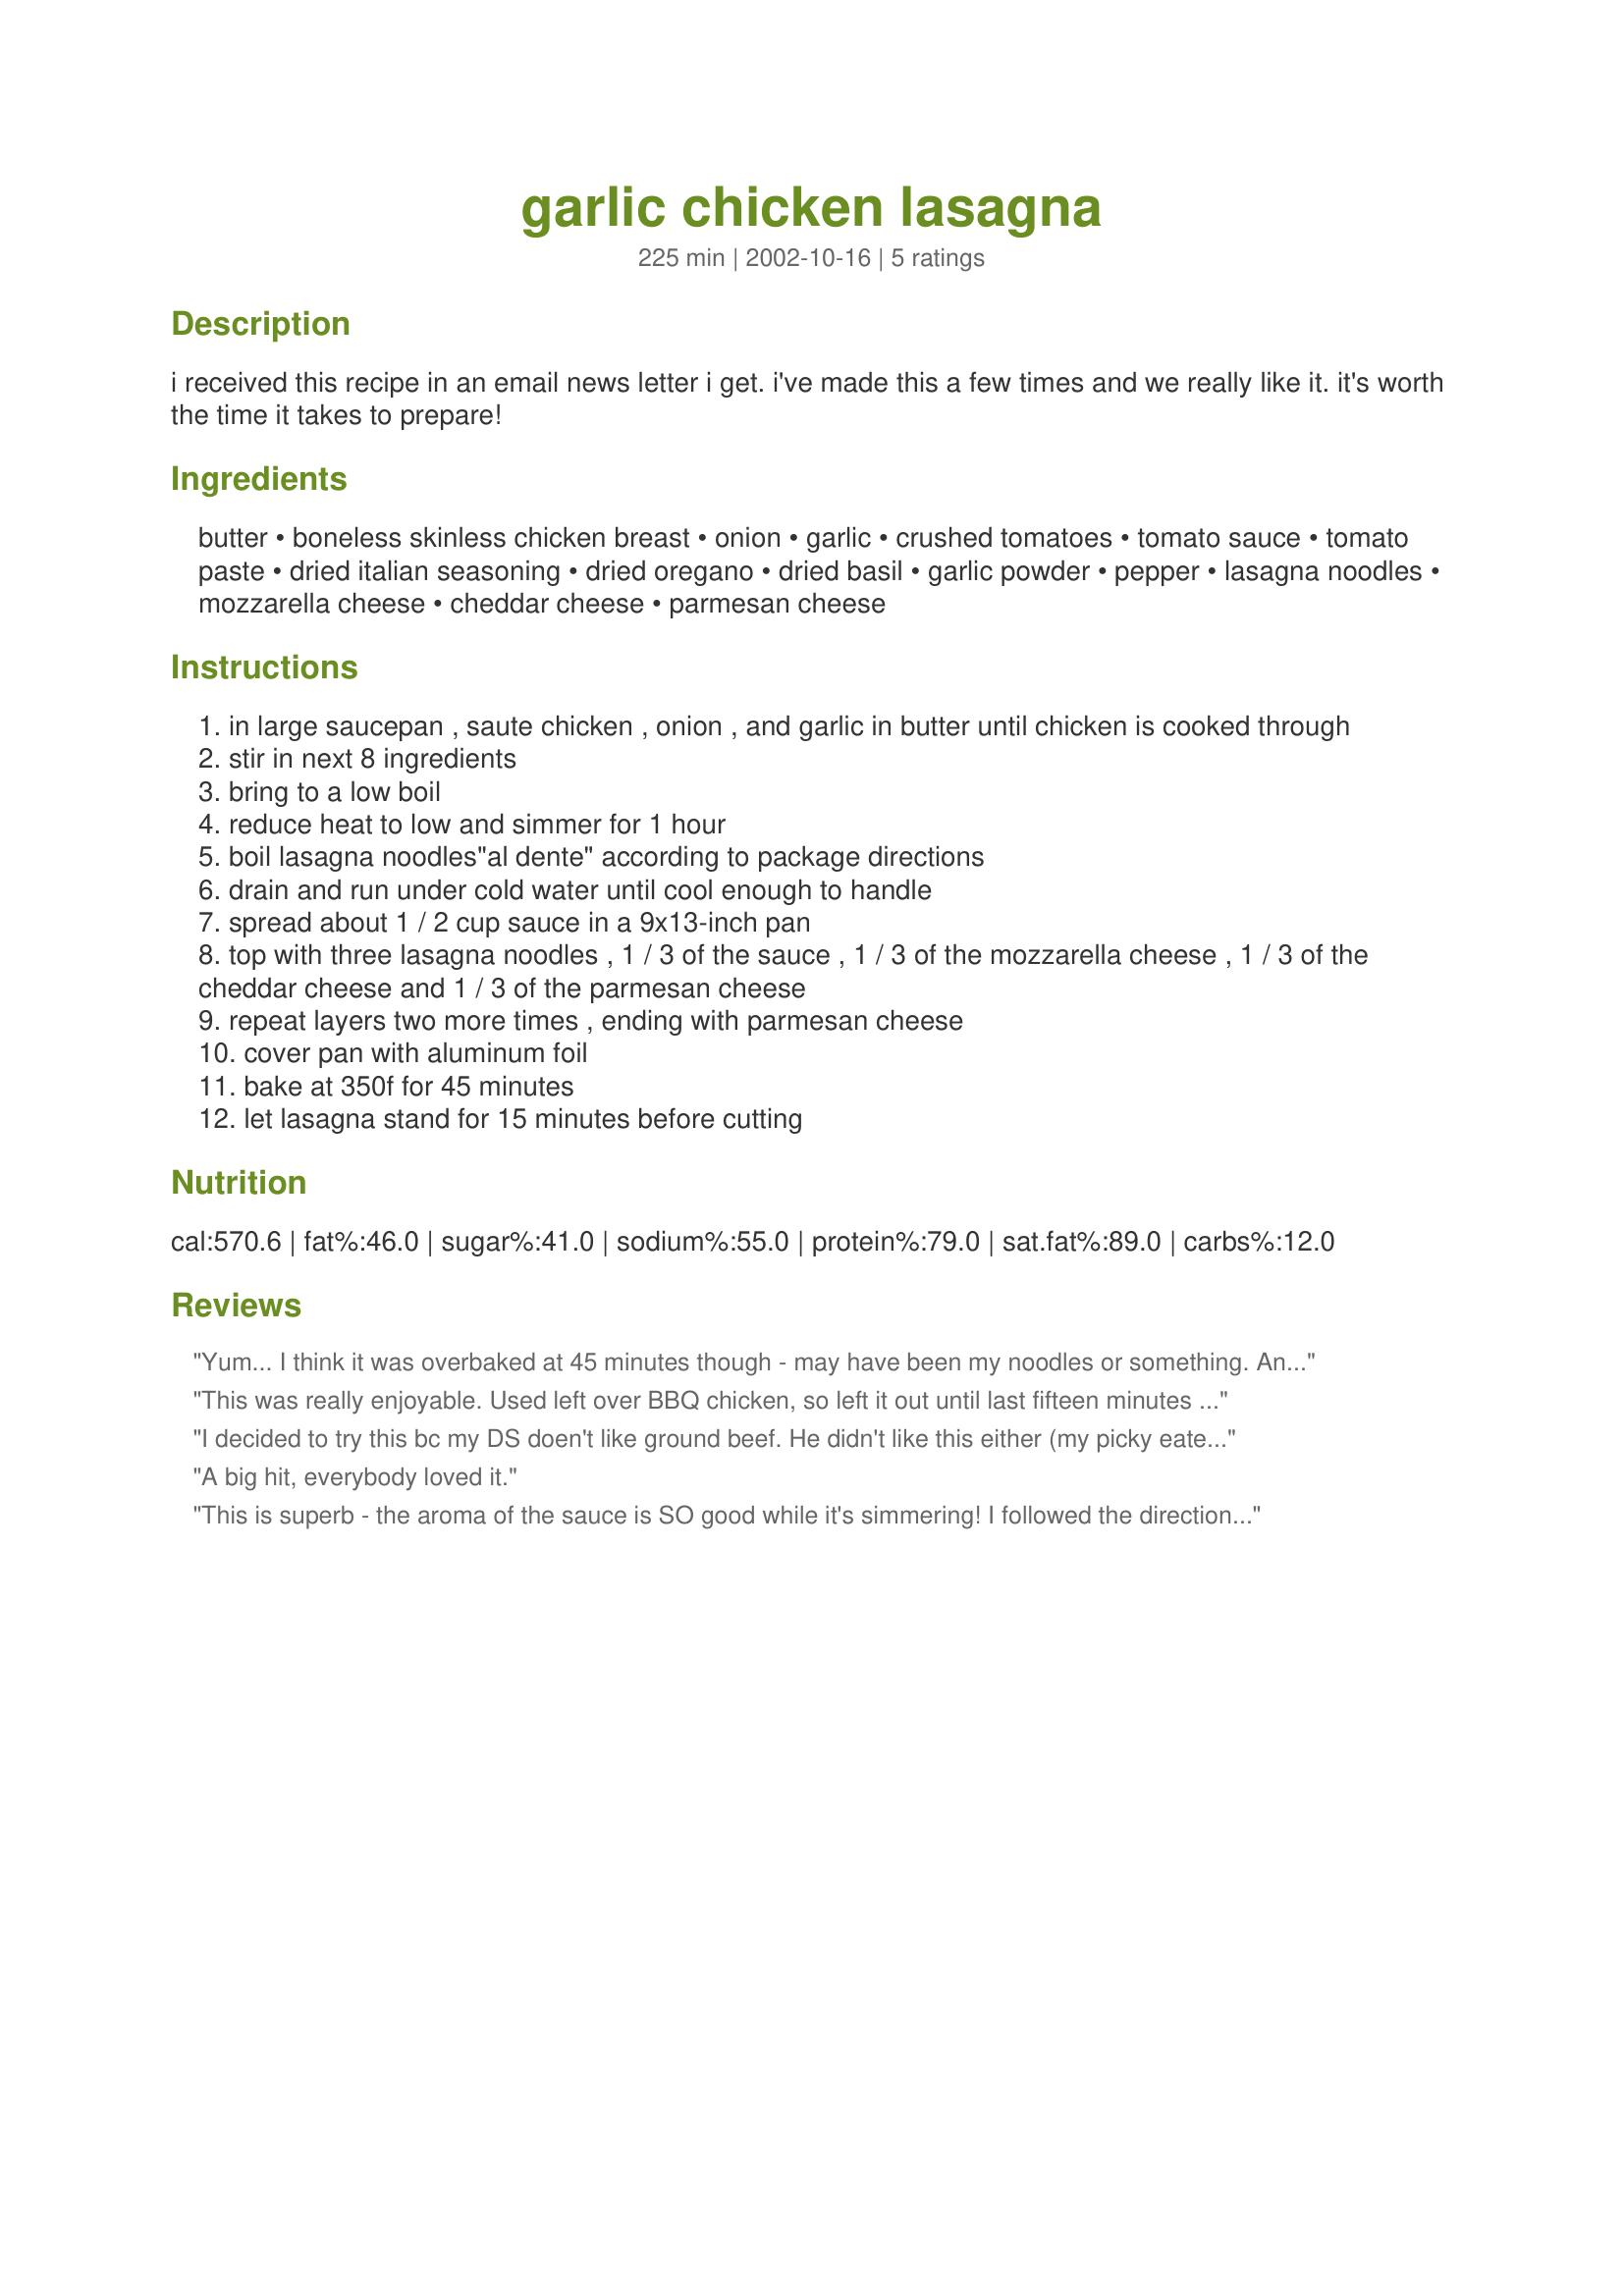
garlic chicken lasagna
Preparation time: 225 minutes

i received this recipe in an email news letter i get. i've made this a few times and we really like it. it's worth the time it takes to prepare!

Ingredients:
butter, boneless skinless chicken breast, onion, garlic, crushed tomatoes, tomato sauce, tomato paste, dried italian seasoning, dried oregano, dried basil, garlic powder, pepper, lasagna noodles, mozzarella cheese, cheddar cheese, parmesan cheese

Steps:
in large saucepan , saute chicken , onion , and garlic in butter until chicken is cooked through
stir in next 8 ingredients
bring to a low boil
reduce heat to low and simmer for 1 hour
boil lasagna noodles"al dente" according to package directions
drain and run under cold water until cool enough to handle
spread about 1 / 2 cup sauce in a 9x13-inch pan
top with three lasagna noodles , 1 / 3 of the sauce , 1 / 3 of the mozzarella cheese , 1 / 3 of the cheddar cheese and 1 / 3 of the parmesan cheese
repeat layers two more times , ending with parmesan cheese
cover pan with aluminum foil
bake at 350f for 45 minutes
let lasagna stand for 15 minutes before cutting

Reviews:
Yum... I think it was overbaked at 45 minutes though - may have been my noodles or something. Anyway, it was good - even my very picky 3 year old said it was yummy. My only complaint - my house smelled SOOOO good for 3 hours before I could eat!!!
This was really enjoyable. Used left over BBQ chicken, so left it out until last fifteen minutes of simmering time.The sauce is worth the effort, reheated well the following day.
I decided to try this bc my DS doen't like ground beef. He didn't like this either (my picky eater) but my DD and DH did and so did I. Will make this again.
A big hit, everybody loved it. 

This is superb - the aroma of the sauce is SO good while it's simmering! I followed the directions exactly except for substituting diced tomatoes for crushed and I ground the chicken in my food processor with a few pulses. Very yummy and something I will be repeating again soon!
